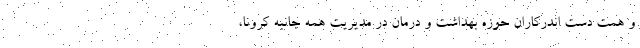
و همت دست اندرکاران حوزه بهداشت و درمان در مدیریت همه جانبه کرونا،